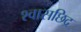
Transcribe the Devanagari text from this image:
श्वासछिद्र